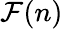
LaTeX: \mathcal{F}(n)